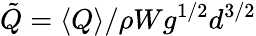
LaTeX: \tilde{Q}=\langle Q\rangle/\rho Wg^{1/2}d^{3/2}